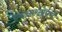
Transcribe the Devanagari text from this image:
एकसारखेपणे